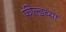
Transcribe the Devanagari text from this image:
फील्डच्या